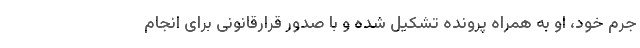
جرم خود، او به همراه پرونده تشکیل شده و با صدور قرارقانونی برای انجام